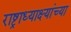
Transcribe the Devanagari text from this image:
राष्ट्राध्याक्ष्यांच्या